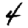
Digit: 4